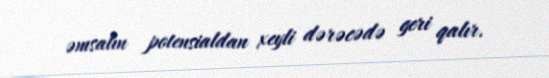
əmsalın potensialdan xeyli dərəcədə geri qalır.